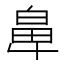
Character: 𮮵